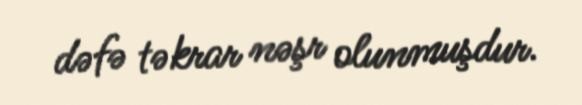
dəfə təkrar nəşr olunmuşdur.